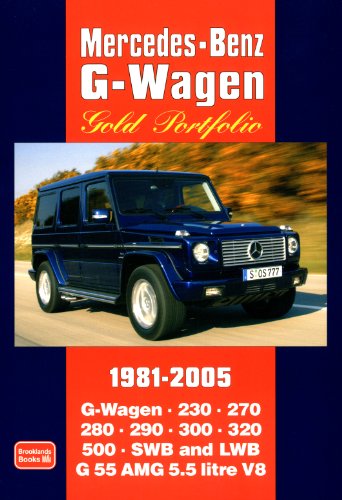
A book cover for Mercedes-Benz G-Wagen Gold Portfolio 1981-2005; R.M. Clarke; Engineering & Transportation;